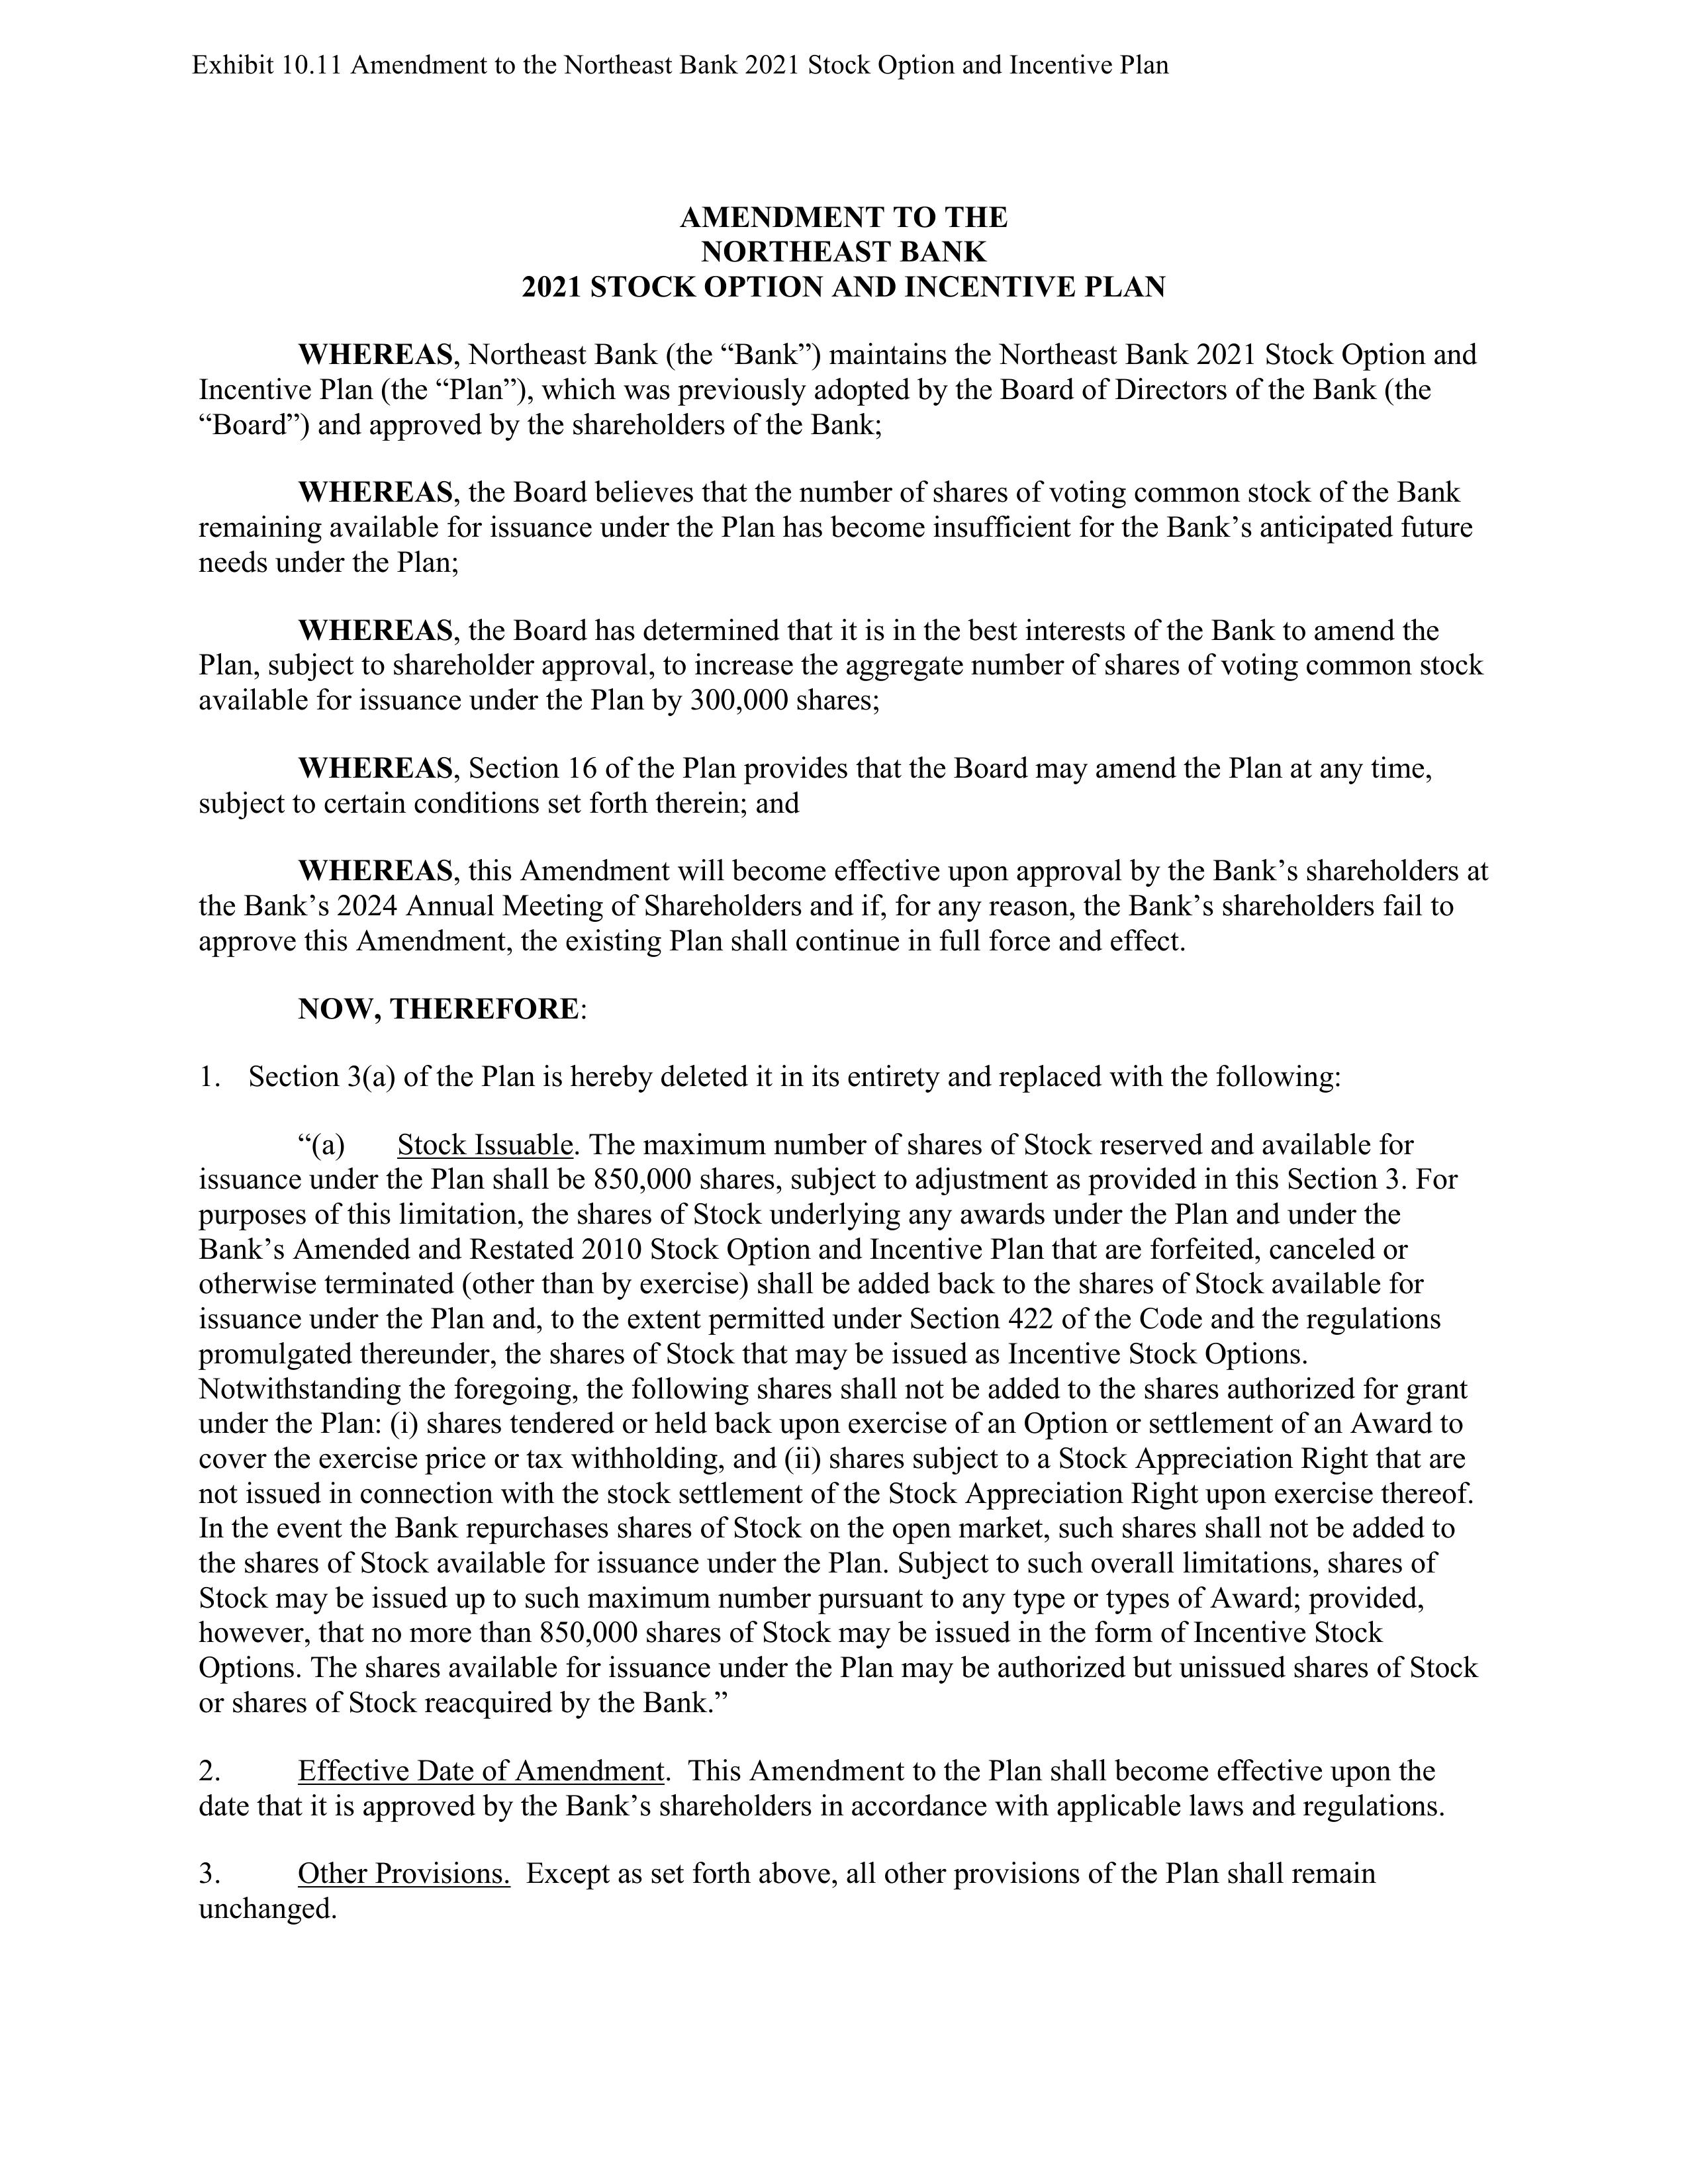
Exhibit 10.11 Amendment to the Northeast Bank 2021 Stock Option and Incentive Plan

AMENDMENT TO THE
NORTHEAST BANK
2021 STOCK OPTION AND INCENTIVE PLAN

WHEREAS, Northeast Bank (the “Bank”) maintains the Northeast Bank 2021 Stock Option and
Incentive Plan (the “Plan”), which was previously adopted by the Board of Directors of the Bank (the
“Board”) and approved by the shareholders of the Bank;

WHEREAS, the Board believes that the number of shares of voting common stock of the Bank
remaining available for issuance under the Plan has become insufficient for the Bank’s anticipated future
needs under the Plan;

WHEREAS, the Board has determined that it is in the best interests of the Bank to amend the
Plan, subject to shareholder approval, to increase the aggregate number of shares of voting common stock
available for issuance under the Plan by 300,000 shares;

WHEREAS, Section 16 of the Plan provides that the Board may amend the Plan at any time,
subject to certain conditions set forth therein; and

WHEREAS, this Amendment will become effective upon approval by the Bank’s shareholders at
the Bank’s 2024 Annual Meeting of Shareholders and if, for any reason, the Bank’s shareholders fail to
approve this Amendment, the existing Plan shall continue in full force and effect.

NOW, THEREFORE:

1.  Section 3(a) of the Plan is hereby deleted it in its entirety and replaced with the following:

    “(a)     Stock Issuable. The maximum number of shares of Stock reserved and available for
    issuance under the Plan shall be 850,000 shares, subject to adjustment as provided in this Section 3. For
    purposes of this limitation, the shares of Stock underlying any awards under the Plan and under the
    Bank’s Amended and Restated 2010 Stock Option and Incentive Plan that are forfeited, canceled or
    otherwise terminated (other than by exercise) shall be added back to the shares of Stock available for
    issuance under the Plan and, to the extent permitted under Section 422 of the Code and the regulations
    promulgated thereunder, the shares of Stock that may be issued as Incentive Stock Options.
    Notwithstanding the foregoing, the following shares shall not be added to the shares authorized for grant
    under the Plan: (i) shares tendered or held back upon exercise of an Option or settlement of an Award to
    cover the exercise price or tax withholding, and (ii) shares subject to a Stock Appreciation Right that are
    not issued in connection with the stock settlement of the Stock Appreciation Right upon exercise thereof.
    In the event the Bank repurchases shares of Stock on the open market, such shares shall not be added to
    the shares of Stock available for issuance under the Plan. Subject to such overall limitations, shares of
    Stock may be issued up to such maximum number pursuant to any type or types of Award; provided,
    however, that no more than 850,000 shares of Stock may be issued in the form of Incentive Stock
    Options. The shares available for issuance under the Plan may be authorized but unissued shares of Stock
    or shares of Stock reacquired by the Bank.”

2.      Effective Date of Amendment. This Amendment to the Plan shall become effective upon the
date that it is approved by the Bank’s shareholders in accordance with applicable laws and regulations.

3.      Other Provisions. Except as set forth above, all other provisions of the Plan shall remain
unchanged.